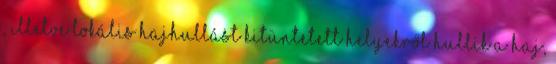
, illetve lokális hajhullást kitüntetett helyekről hullik a haj,